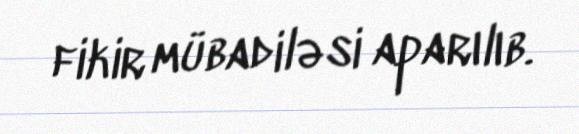
fikir mübadiləsi aparılıb.